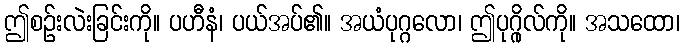
ဤစဉ်းလဲးခြင်းကို။ ပဟီနံ၊ ပယ်အပ်၏။ အယံပုဂ္ဂလော၊ ဤပုဂ္ဂိုလ်ကို။ အသထော၊